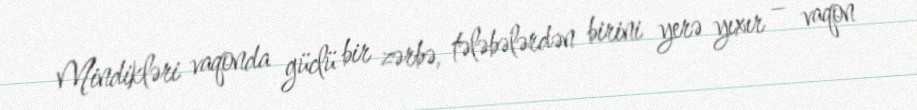
Mindikləri vaqonda güclü bir zərbə, tələbələrdən birini yerə yıxır – vaqon